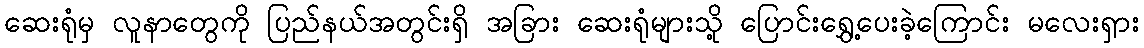
ဆေးရုံမှ လူနာတွေကို ပြည်နယ်အတွင်းရှိ အခြား ဆေးရုံများသို့ ပြောင်းရွှေ့ပေးခဲ့ကြောင်း မလေးရှား